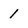
Character: 1